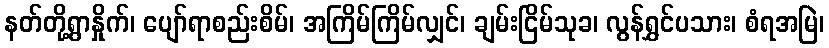
နတ်တို့ရွာနှိုက်၊ ပျော်ရာစည်းစိမ်၊ အကြိမ်ကြိမ်လျှင်၊ ချမ်းငြိမ်သုခ၊ လွန်ရွှင်ပသား၊ စံရအမြဲ၊